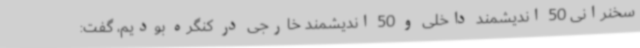
سخنرانی 50 اندیشمند داخلی و 50 اندیشمند خارجی در کنگره بودیم، گفت: